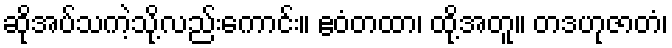
ဆိုအပ်သကဲ့သို့လည်းကောင်း။ ဧဝံတထာ၊ ထို့အတူ။ တဒဟုဇာတံ၊